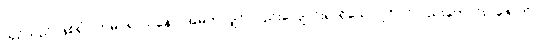
ယှဉ်သည် ဖြစ်၍။ တမပရာယနော၊ အမိုက်လျှင် လည်းလျောင်းရာရှိသော ပုဂ္ဂိုလ်လည်းကောင်း။ ဇောတိ၊